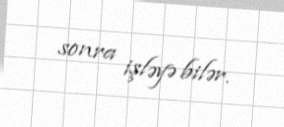
sonra işləyə bilər.